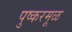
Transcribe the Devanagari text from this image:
पुष्करमूळ